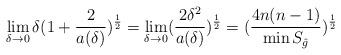
LaTeX: \begin{align*}\lim\limits_{\delta\rightarrow 0}\delta(1+\frac{2}{a(\delta)})^{\frac{1}{2}}=\lim\limits_{\delta\rightarrow 0}(\frac{2\delta^2}{a(\delta)})^{\frac{1}{2}}=(\frac{4n(n-1)}{\min S_{\hat{g}}})^{\frac{1}{2}}\end{align*}